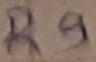
Text: R9